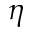
\eta